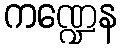
ကဏ္ဍေန